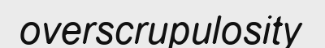
overscrupulosity